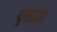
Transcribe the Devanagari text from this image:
धृतव्रतः